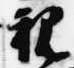
親